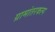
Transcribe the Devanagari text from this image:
ग्रामांतरकल्प